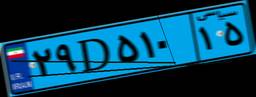
۲۹D۵۱۰۱۵